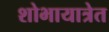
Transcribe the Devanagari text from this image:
शोभायात्रेत